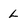
Character: L